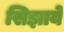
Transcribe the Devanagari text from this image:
सिझाये